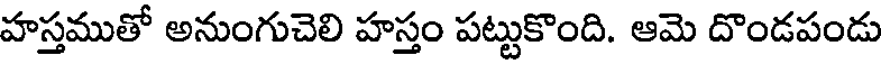
హస్తముతో అనుంగుచెలి హస్తం పట్టుకొంది. ఆమె దొండపండు